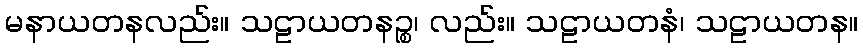
မနာယတနလည်း။ သဠာယတနဉ္စ၊ လည်း။ သဠာယတနံ၊ သဠာယတန။